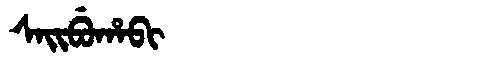
Manchu: ᠰᠠᡳᠪᡠᡥᠠᠪᡳ
Romanization: SAIBUHABI